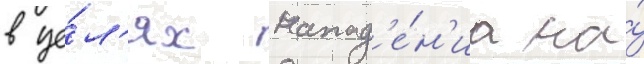
в це́л'ях напад'е́н'иа на́